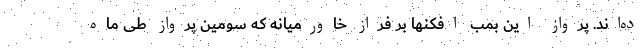
ده‌اند. پرواز این بمب افکنها بر فراز خاورمیانه که سومین پرواز طی ماه